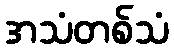
အသံတစ်သံ